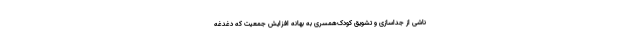
ناشی از جداسازی و تشویق کودک‌همسری به بهانه افزایش جمعیت که دغدغه